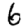
Digit: 6